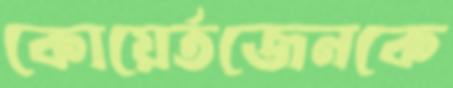
কোয়ের্তজেনকে